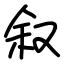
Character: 叙